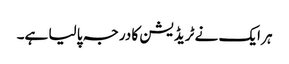
ہر ایک نے ٹریڈیشن کا درجہ پا لیا ہے۔